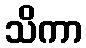
သိကာ